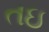
તઇ